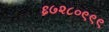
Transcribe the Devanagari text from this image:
६७२८०९९९